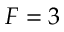
F = 3